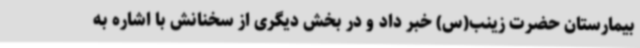
بیمارستان حضرت زینب(س) خبر داد و در بخش دیگری از سخنانش با اشاره به